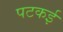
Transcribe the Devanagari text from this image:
पटकई